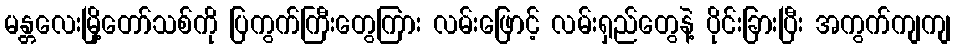
မန္တလေးမြို့တော်သစ်ကို ပြကွက်ကြီးတွေကြား လမ်းဖြောင့် လမ်းရှည်တွေနဲ့ ပိုင်းခြားပြီး အကွက်ကျကျ